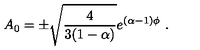
A _ { 0 } = \pm \sqrt { { \frac { 4 } { 3 ( 1 - \alpha ) } } } e ^ { ( \alpha - 1 ) \phi } \ .